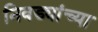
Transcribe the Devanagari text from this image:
निवड्यांच्या